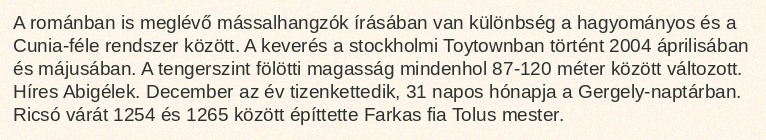
A románban is meglévő mássalhangzók írásában van különbség a hagyományos és a Cunia-féle rendszer között. A keverés a stockholmi Toytownban történt 2004 áprilisában és májusában. A tengerszint fölötti magasság mindenhol 87-120 méter között változott. Híres Abigélek. December az év tizenkettedik, 31 napos hónapja a Gergely-naptárban. Ricsó várát 1254 és 1265 között építtette Farkas fia Tolus mester.